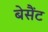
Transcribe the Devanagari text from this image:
बेसैंट